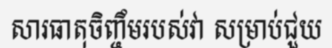
សារធាតុចិញ្ចឹមរបស់វា សម្រាប់ជួយ